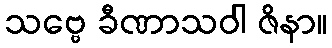
သဗ္ဗေ ခီဏာသဝါ ဇိနာ။